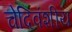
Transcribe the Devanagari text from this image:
चेदिवंशीय